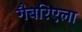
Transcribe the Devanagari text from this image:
गैबरिएला